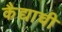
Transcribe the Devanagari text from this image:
कैद्याची